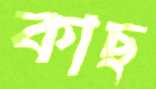
কাছ